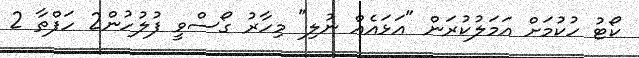
ކޯޓު ހުކުމަށް އަމަލުކުރަން "އަޅައެއް ނުލި" މިހާރު ގޯސްވީ ފުލުހުން2 ހަފްތާ 2